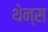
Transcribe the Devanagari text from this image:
थेन्स